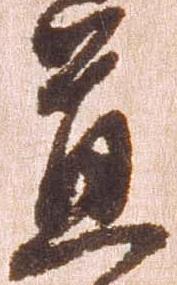
置